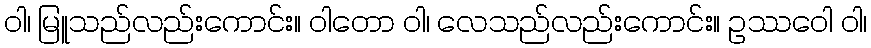
ဝါ၊ မြူသည်လည်းကောင်း။ ဝါတော ဝါ၊ လေသည်လည်းကောင်း။ ဥဿဝေါ ဝါ၊